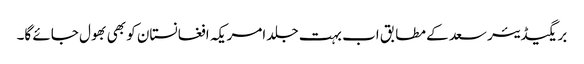
بریگیڈیئر سعد کے مطابق اب بہت جلد امریکہ افغانستان کو بھی بھول جائے گا۔